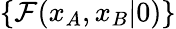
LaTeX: \{ \mathcal{F}(x_{A},x_{B}\vert 0)\}